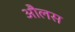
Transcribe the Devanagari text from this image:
औलस